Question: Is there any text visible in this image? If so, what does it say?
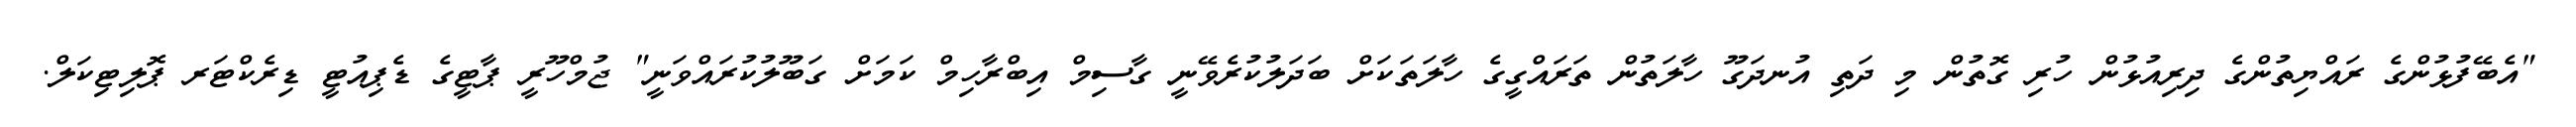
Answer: "އެބޭފުޅުންގެ ރައްޔިތުންގެ ދިރިއުޅުން ހުރި ގޮތުން މި ދަތި އުނދަގޫ ހާލަތުން ތަރައްގީގެ ހާލަތަކަށް ބަދަލުކުރެވޭނީ ގާސިމް އިބްރާހިމް ކަމަށް ގަބޫލުކުރައްވަނީ" ޖުމްހޫރީ ޕާޓީގެ ޑެޕިއުޓީ ޑިރެކްޓަރ ޕޮލިޓިކަލް.